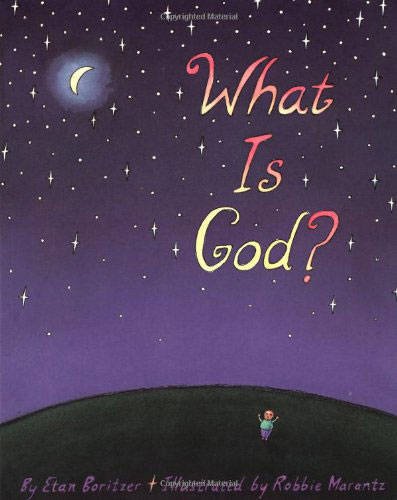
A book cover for What Is God?; Etan Boritzer; Children's Books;